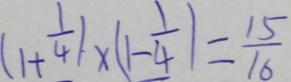
( 1 + \frac { 1 } { 4 } ) \times ( 1 - \frac { 1 } { 4 } ) = \frac { 1 5 } { 1 6 }